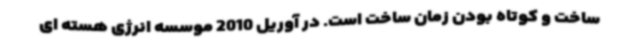
ساخت و کوتاه بودن زمان ساخت است. در آوریل 2010 موسسه انرژی هسته ای